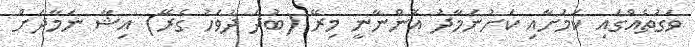
ވަގުތެއްގައި ކަމަށާއި ކަށުނަމާދު އޮންނާނީ މިރޭ (ބުދަ ދުވަހު ގެރޭ) އިޝާ ނަމާދަށް